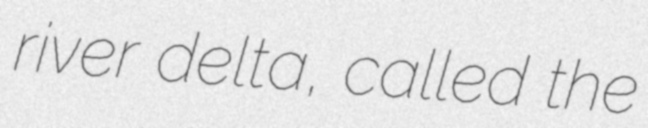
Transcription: river delta, called the